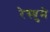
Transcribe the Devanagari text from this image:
रेस्युमे